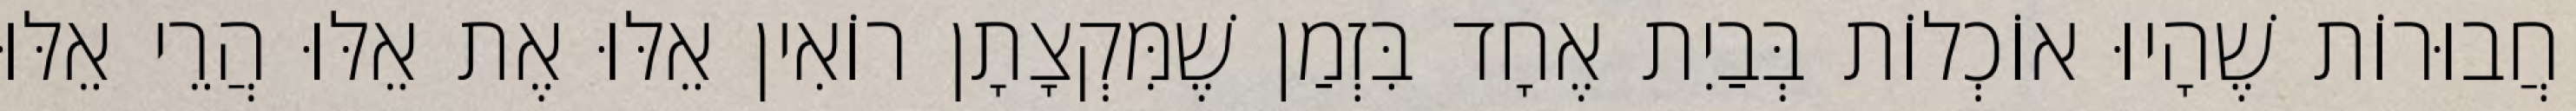
חֲבוּרוֹת שֶׁהָיוּ אוֹכְלוֹת בְּבַיִת אֶחָד בִּזְמַן שֶׁמִּקְצָתָן רוֹאִין אֵלּוּ אֶת אֵלּוּ הֲרֵי אֵלּוּ